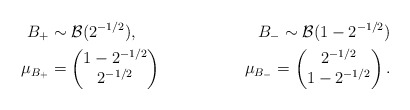
\begin{align*}B_+& \sim \mathcal{B}(2^{-1/2}), & B_- \sim \mathcal{B}(1-2^{-1/2})\\\mu_{B_+}& = \begin{pmatrix}1- 2^{-1/2}\\2^{-1/2}\end{pmatrix}&\mu_{B_-} = \begin{pmatrix}2^{-1/2}\\1-2^{-1/2}\end{pmatrix}.\end{align*}